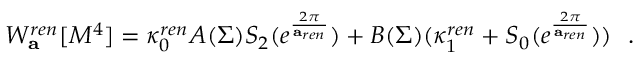
W _ { \bf a } ^ { r e n } [ M ^ { 4 } ] = \kappa _ { 0 } ^ { r e n } A ( \Sigma ) S _ { 2 } ( e ^ { \frac { 2 \pi } { { \bf a } _ { r e n } } } ) + B ( \Sigma ) ( \kappa _ { 1 } ^ { r e n } + S _ { 0 } ( e ^ { \frac { 2 \pi } { { \bf a } _ { r e n } } } ) ) ~ ~ .